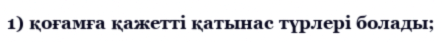
1) қоғамға қажетті қатынас түрлері болады;